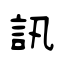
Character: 訊